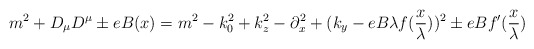
\begin{align*}m^2+D_\mu D^\mu\pm e B(x)=m^2-k_0^2+k_z^2-\partial_x^2+(k_y-eB\lambda f(\frac{x}{\lambda}))^2\pm eB f^\prime (\frac{x}{\lambda})\end{align*}